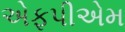
એફપીએમ